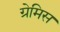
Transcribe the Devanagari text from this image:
ग्रेमिस